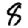
Digit: 8